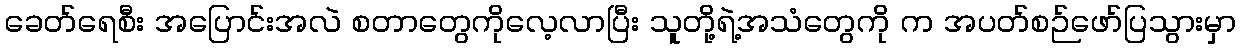
ခေတ်ရေစီး အပြောင်းအလဲ စတာတွေကိုလေ့လာပြီး သူတို့ရဲ့အသံတွေကို က အပတ်စဉ်ဖော်ပြသွားမှာ